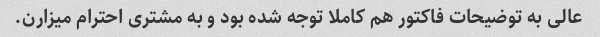
عالی به توضیحات فاکتور هم کاملا توجه شده بود و به مشتری احترام میزارن.